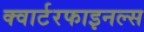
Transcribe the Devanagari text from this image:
क्वार्टरफाइनल्स